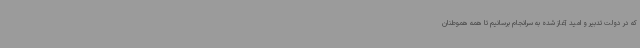
که در دولت تدبیر و امید آغاز شده به سرانجام برسانیم تا همه هموطنان